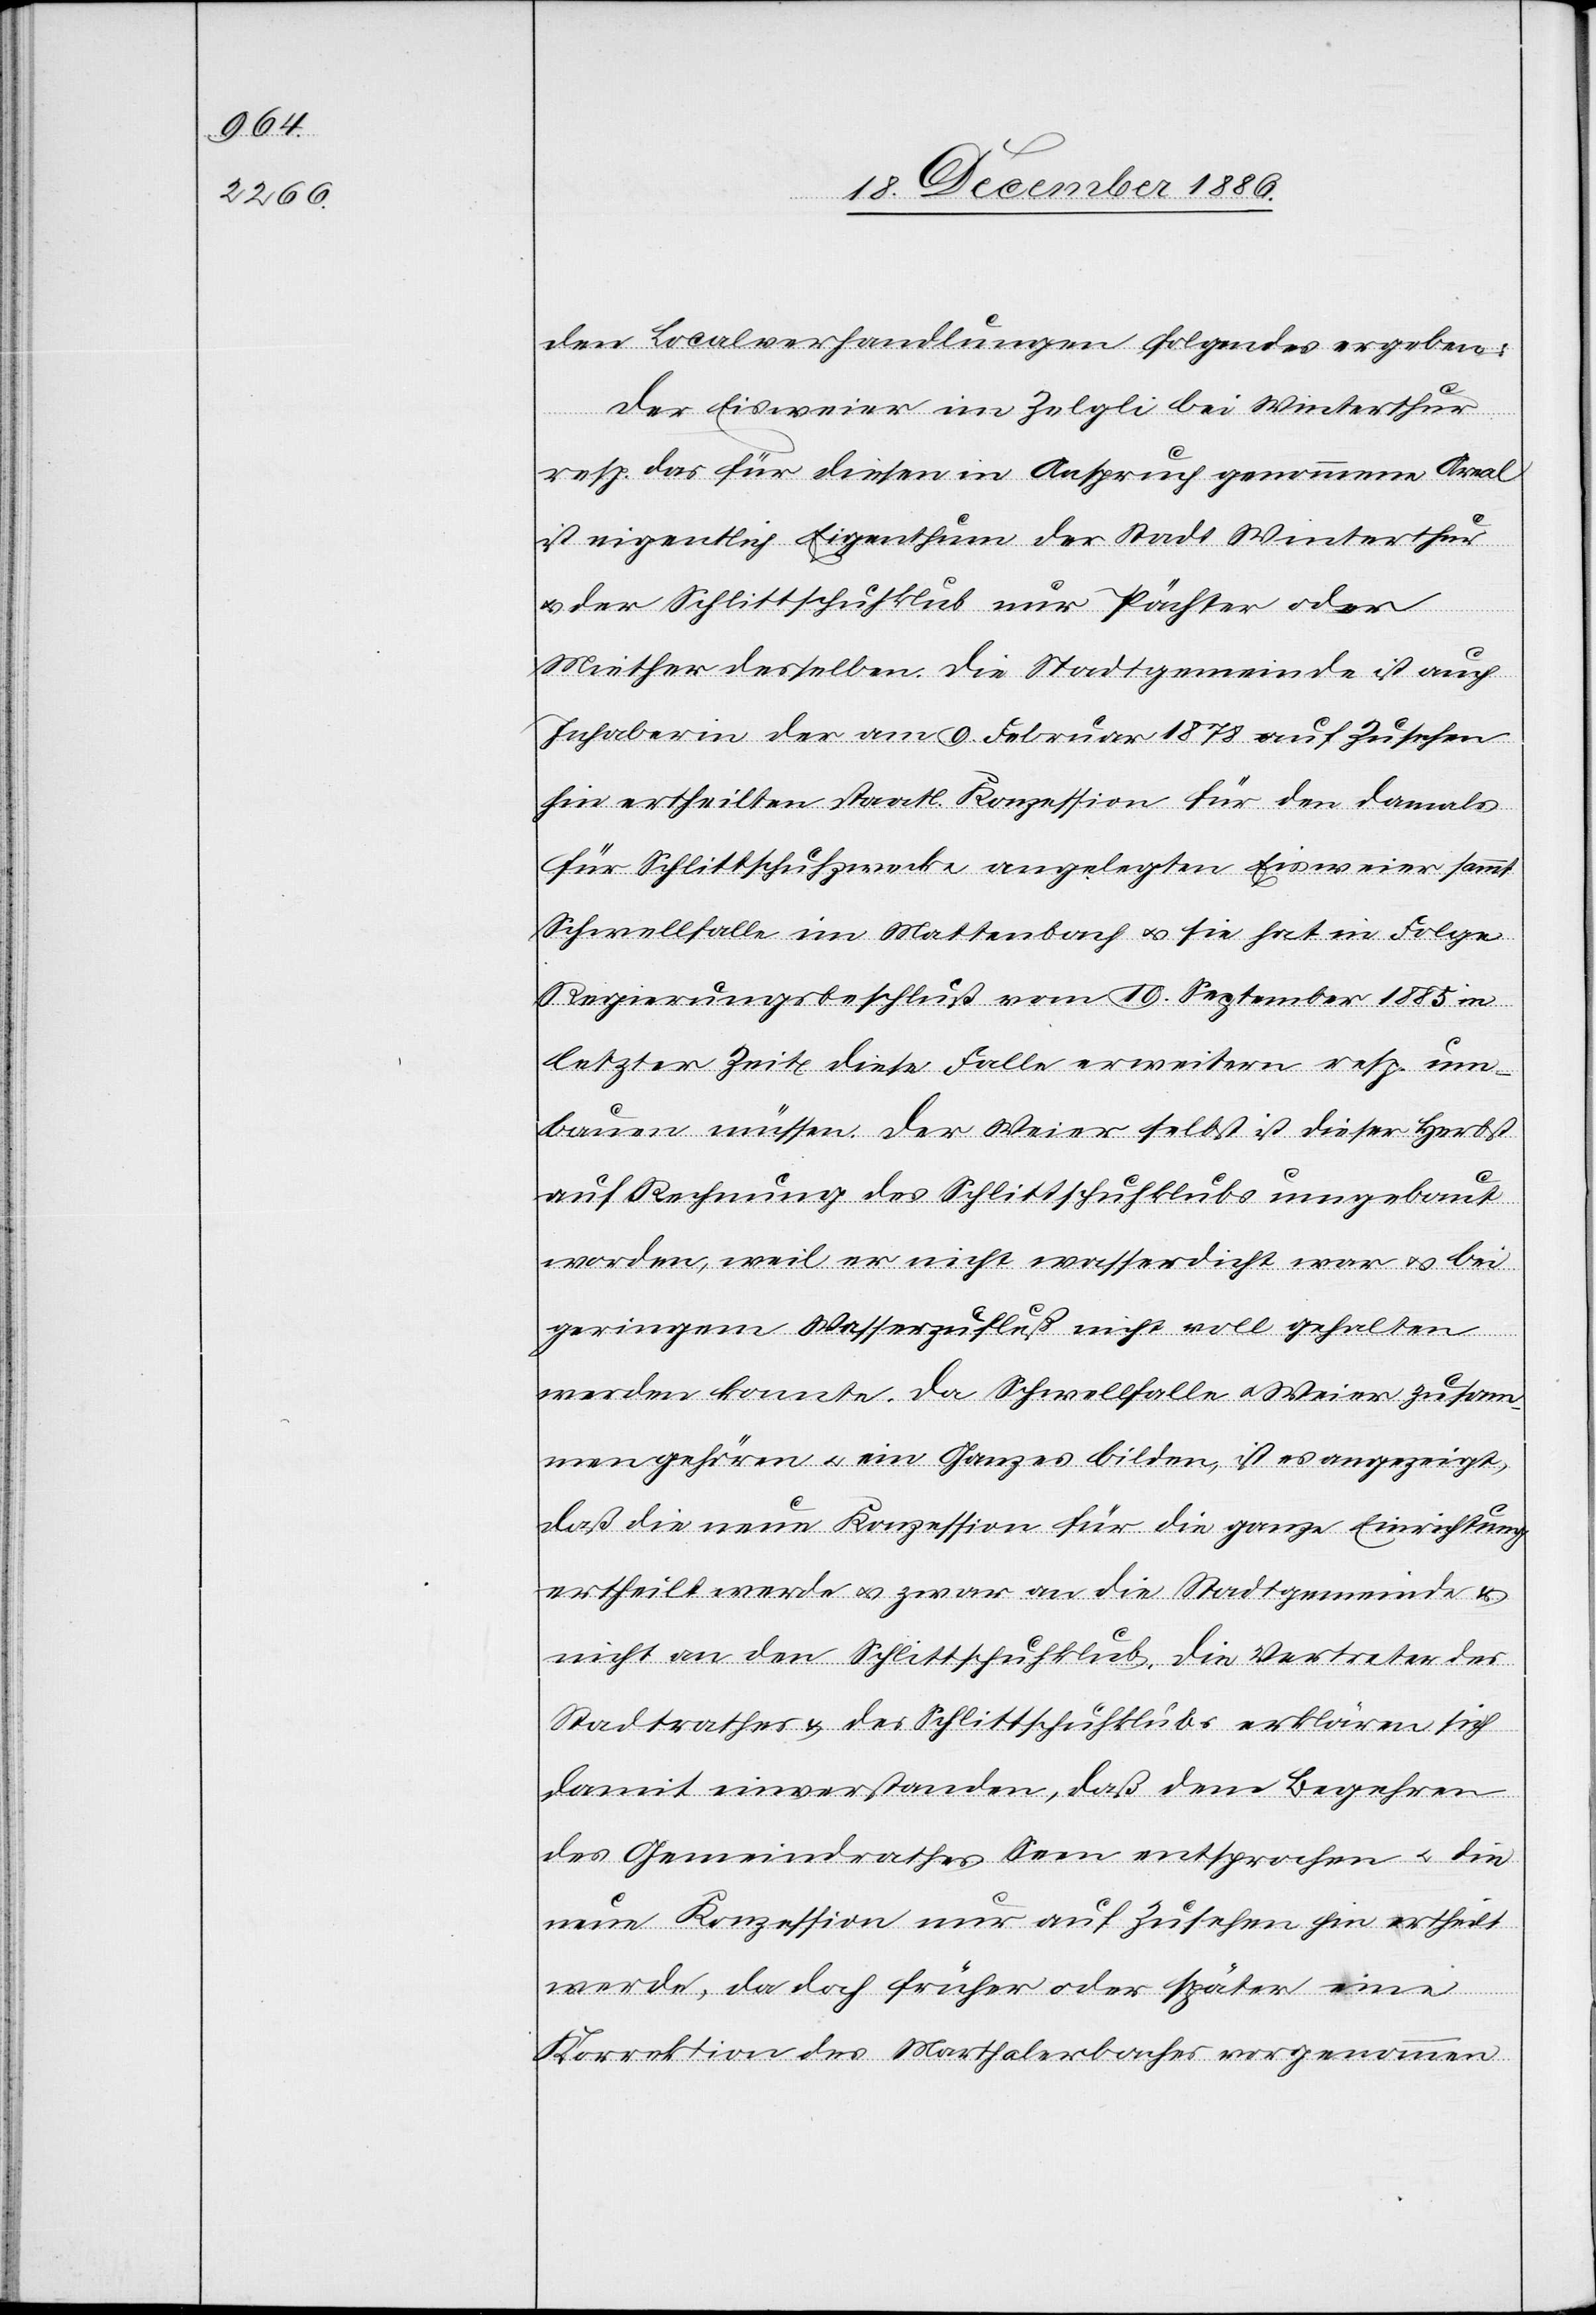
den Localverhandlungen folgendes ergeben:
Der Eisweier im Zelgli bei Winterthur
resp. das für diesen in Anspruch genommene Areal
ist eigentlich Eigenthum der Stadt Winterthur
& der Schlittschuhklub nur Pächter oder
Miether desselben. Die Stadtgemeinde ist auch
Inhaberin der am 9. Februar 1878 auf Zusehen
hin ertheilten staatl. Konzession für den damals
für Schlittschuhzwecke angelegten Eisweier sammt
Schwellfalle im Mattenbach & sie hat in Folge
Regierungsbeschluß vom 19. September 1885 in
letzter Zeit diese Falle erweitern resp. um¬
bauen müssen. Der Weier selbst ist dieser [sic!]
auf Rechnung des Schlittschuhklubs umgebaut
worden, weil er nicht wasserdicht war & bei
geringem Wasserzufluß nicht voll gehalten
werden konnte. Da Schwellfalle & Weier zusam¬
men gehören & ein Ganzes bilden, ist es angezeigt,
daß die neue Konzession für die ganze Einrichtung
ertheilt werde & zwar an die Stadtgemeinde &
nicht an den Schlittschuhklub. Die Vertreter des
Stadtrathes & des Schlittschuhklubs erklären sich
damit einverstanden, daß dem Begehren
des Gemeindrathes Seen entsprochen & die
neue Konzession nur auf Zusehen hin ertheilt
werde, da doch früher oder später eine
Korrektion des Marthalerbaches vorgenommen